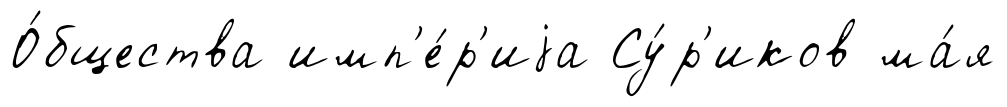
О́бщества имп'е́р'иjа Су́р'иков ма́я